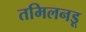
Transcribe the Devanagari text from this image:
तमिलनडू